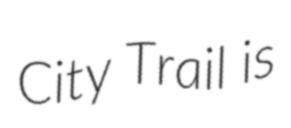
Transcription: City Trail is